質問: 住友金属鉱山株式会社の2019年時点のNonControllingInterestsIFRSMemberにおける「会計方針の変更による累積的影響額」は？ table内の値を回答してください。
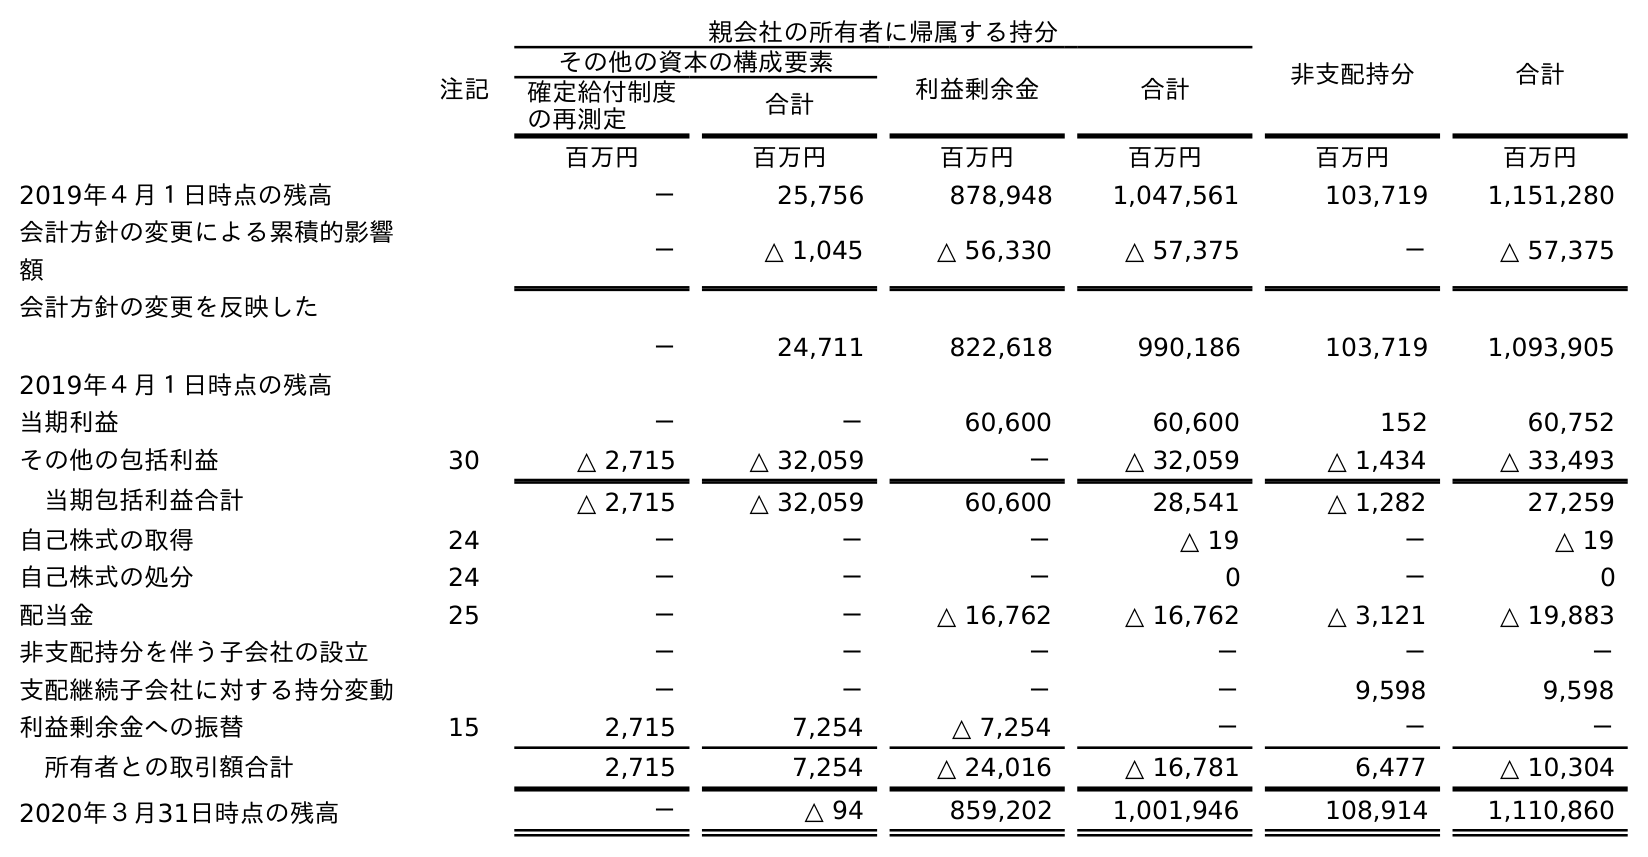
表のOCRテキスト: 親会社の所有者に帰属する持分 非支配持分 合計 注記 その他の資本の構成要素 利益剰余金 合計 確定給付制度 の再測定 合計 百万円 百万円 百万円 百万円 百万円 百万円 2019年４月１日時点の残高 － 25,756 878,948 1,047,561 103,719 1,151,280 会計方針の変更による累積的影響 額 － △ 1,045 △ 56,330 △ 57,375 － △ 57,375 会計方針の変更を反映した 2019年４月１日時点の残高 － 24,711 822,618 990,186 103,719 1,093,905 当期利益 － － 60,600 60,600 152 60,752 その他の包括利益 30 △ 2,715 △ 32,059 － △ 32,059 △ 1,434 △ 33,493 当期包括利益合計 △ 2,715 △ 32,059 60,600 28,541 △ 1,282 27,259 自己株式の取得 24 － － － △ 19 － △ 19 自己株式の処分 24 － － － 0 － 0 配当金 25 － － △ 16,762 △ 16,762 △ 3,121 △ 19,883 非支配持分を伴う子会社の設立 － － － － － － 支配継続子会社に対する持分変動 － － － － 9,598 9,598 利益剰余金への振替 15 2,715 7,254 △ 7,254 － － － 所有者との取引額合計 2,715 7,254 △ 24,016 △ 16,781 6,477 △ 10,304 2020年３月31日時点の残高 － △ 94 859,202 1,001,946 108,914 1,110,860
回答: －